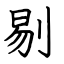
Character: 剔